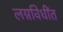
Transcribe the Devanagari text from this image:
लग्नविधींत